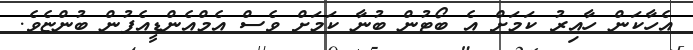
އެހާކަން ހާއިރު ކަމަށް އެ ބޯޓުން ބުނާ ކަމަށް ވެސް އެމްއެންޑީއެފުން ބުންޏެވެ.